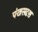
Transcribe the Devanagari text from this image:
पंखसदृश